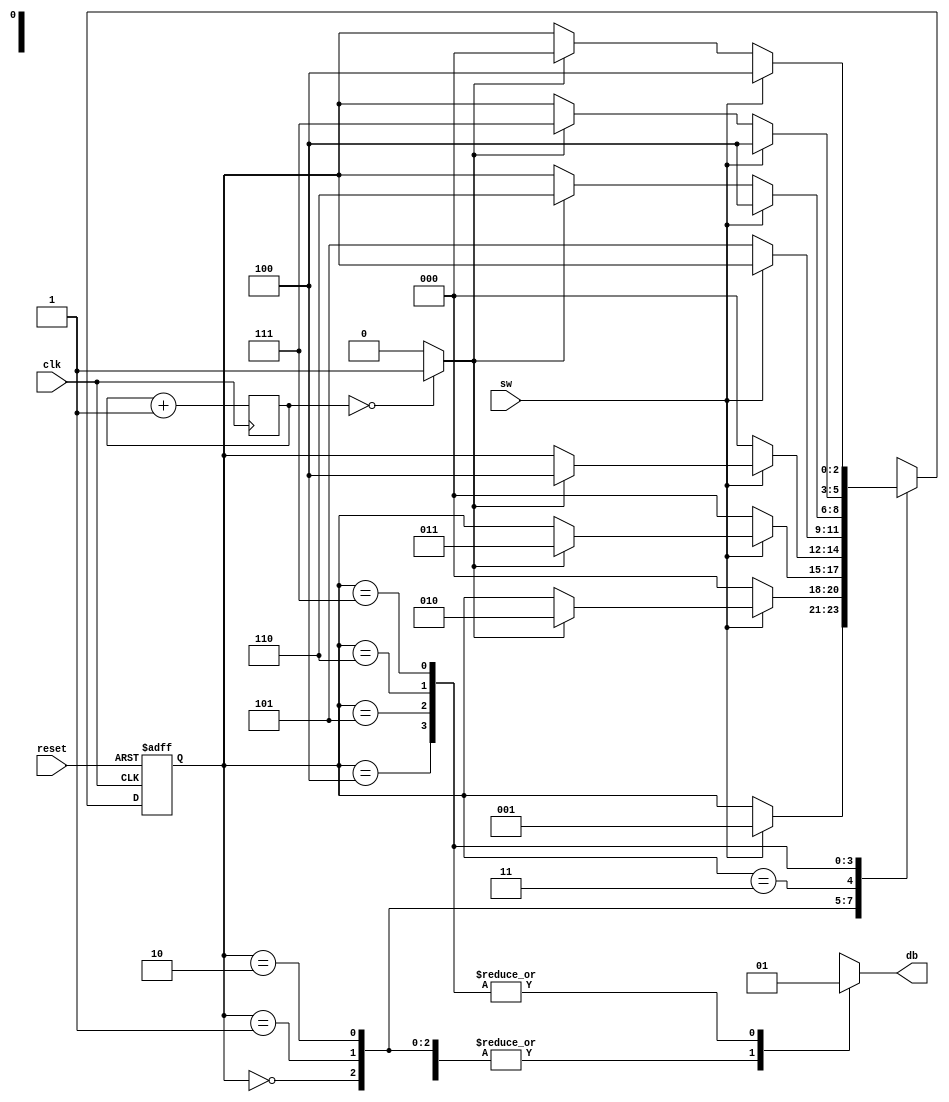
// Listing 5.6
module db_fsm
   (
    input wire clk, reset,
    input wire sw,
    output reg db
   );

   // symbolic state declaration
   localparam  [2:0]
               zero    = 3'b000,
               wait1_1 = 3'b001,
               wait1_2 = 3'b010,
               wait1_3 = 3'b011,
               one     = 3'b100,
               wait0_1 = 3'b101,
               wait0_2 = 3'b110,
               wait0_3 = 3'b111;

   // number of counter bits (2^N * 20ns = 10ms tick)
   localparam N =19;

   // signal declaration
   reg [N-1:0] q_reg;
   wire [N-1:0] q_next;
   wire m_tick;
   reg [2:0] state_reg, state_next;

   // body

   //=============================================
   // counter to generate 10 ms tick
   //=============================================
   always @(posedge clk)
      q_reg <= q_next;
   // next-state logic
   assign q_next = q_reg + 1;
   // output tick
   assign m_tick = (q_reg==0) ? 1'b1 : 1'b0;

   //=============================================
   // debouncing FSM
   //=============================================
   // state register
    always @(posedge clk, posedge reset)
       if (reset)
          state_reg <= zero;
       else
          state_reg <= state_next;

   // next-state logic and output logic
   always @*
   begin
      state_next = state_reg;  // default state: the same
      db = 1'b0;               // default output: 0
      case (state_reg)
         zero:
            if (sw)
               state_next = wait1_1;
         wait1_1:
            if (~sw)
               state_next = zero;
            else
               if (m_tick)
                  state_next = wait1_2;
         wait1_2:
            if (~sw)
               state_next = zero;
            else
               if (m_tick)
                  state_next = wait1_3;
         wait1_3:
            if (~sw)
               state_next = zero;
            else
               if (m_tick)
                  state_next = one;
         one:
            begin
              db = 1'b1;
              if (~sw)
                 state_next = wait0_1;
            end
         wait0_1:
            begin
               db = 1'b1;
               if (sw)
                  state_next = one;
               else
                 if (m_tick)
                    state_next = wait0_2;
            end
         wait0_2:
            begin
               db = 1'b1;
               if (sw)
                  state_next = one;
               else
                 if (m_tick)
                    state_next = wait0_3;
            end
         wait0_3:
            begin
               db = 1'b1;
               if (sw)
                  state_next = one;
               else
                 if (m_tick)
                    state_next = zero;
            end
         default: state_next = zero;
      endcase
   end

endmodule